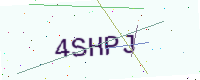
Text: 4SHPJ